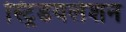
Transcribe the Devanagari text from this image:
स्ट्रिडयलेशन